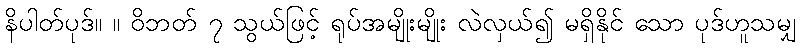
နိပါတ်ပုဒ်။ ။ ဝိဘတ် ၇ သွယ်ဖြင့် ရုပ်အမျိုးမျိုး လဲလှယ်၍ မရှိနိုင် သော ပုဒ်ဟူသမျှ